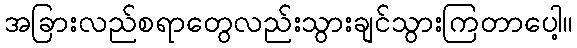
အခြားလည်စရာတွေလည်းသွားချင်သွားကြတာပေါ့။